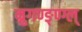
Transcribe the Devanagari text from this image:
म्रुगण्ङ्ण्ग्ल्